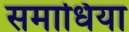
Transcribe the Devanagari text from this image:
समाधिया